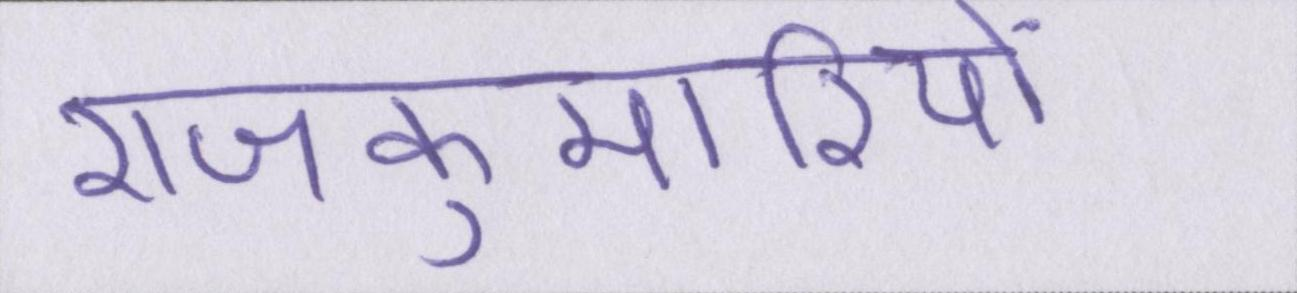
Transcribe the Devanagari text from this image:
राजकुमारियों